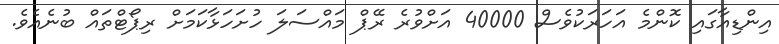
އިންޑިއާގައި ކޮންމެ އަހަރަކުވެސް 40000 އަށްވުރެ ރޭޕް މައްސަލަ ހުށަހަޅާކަމަށް ރިޕޯޓްތައް ބުނެއެވެ.